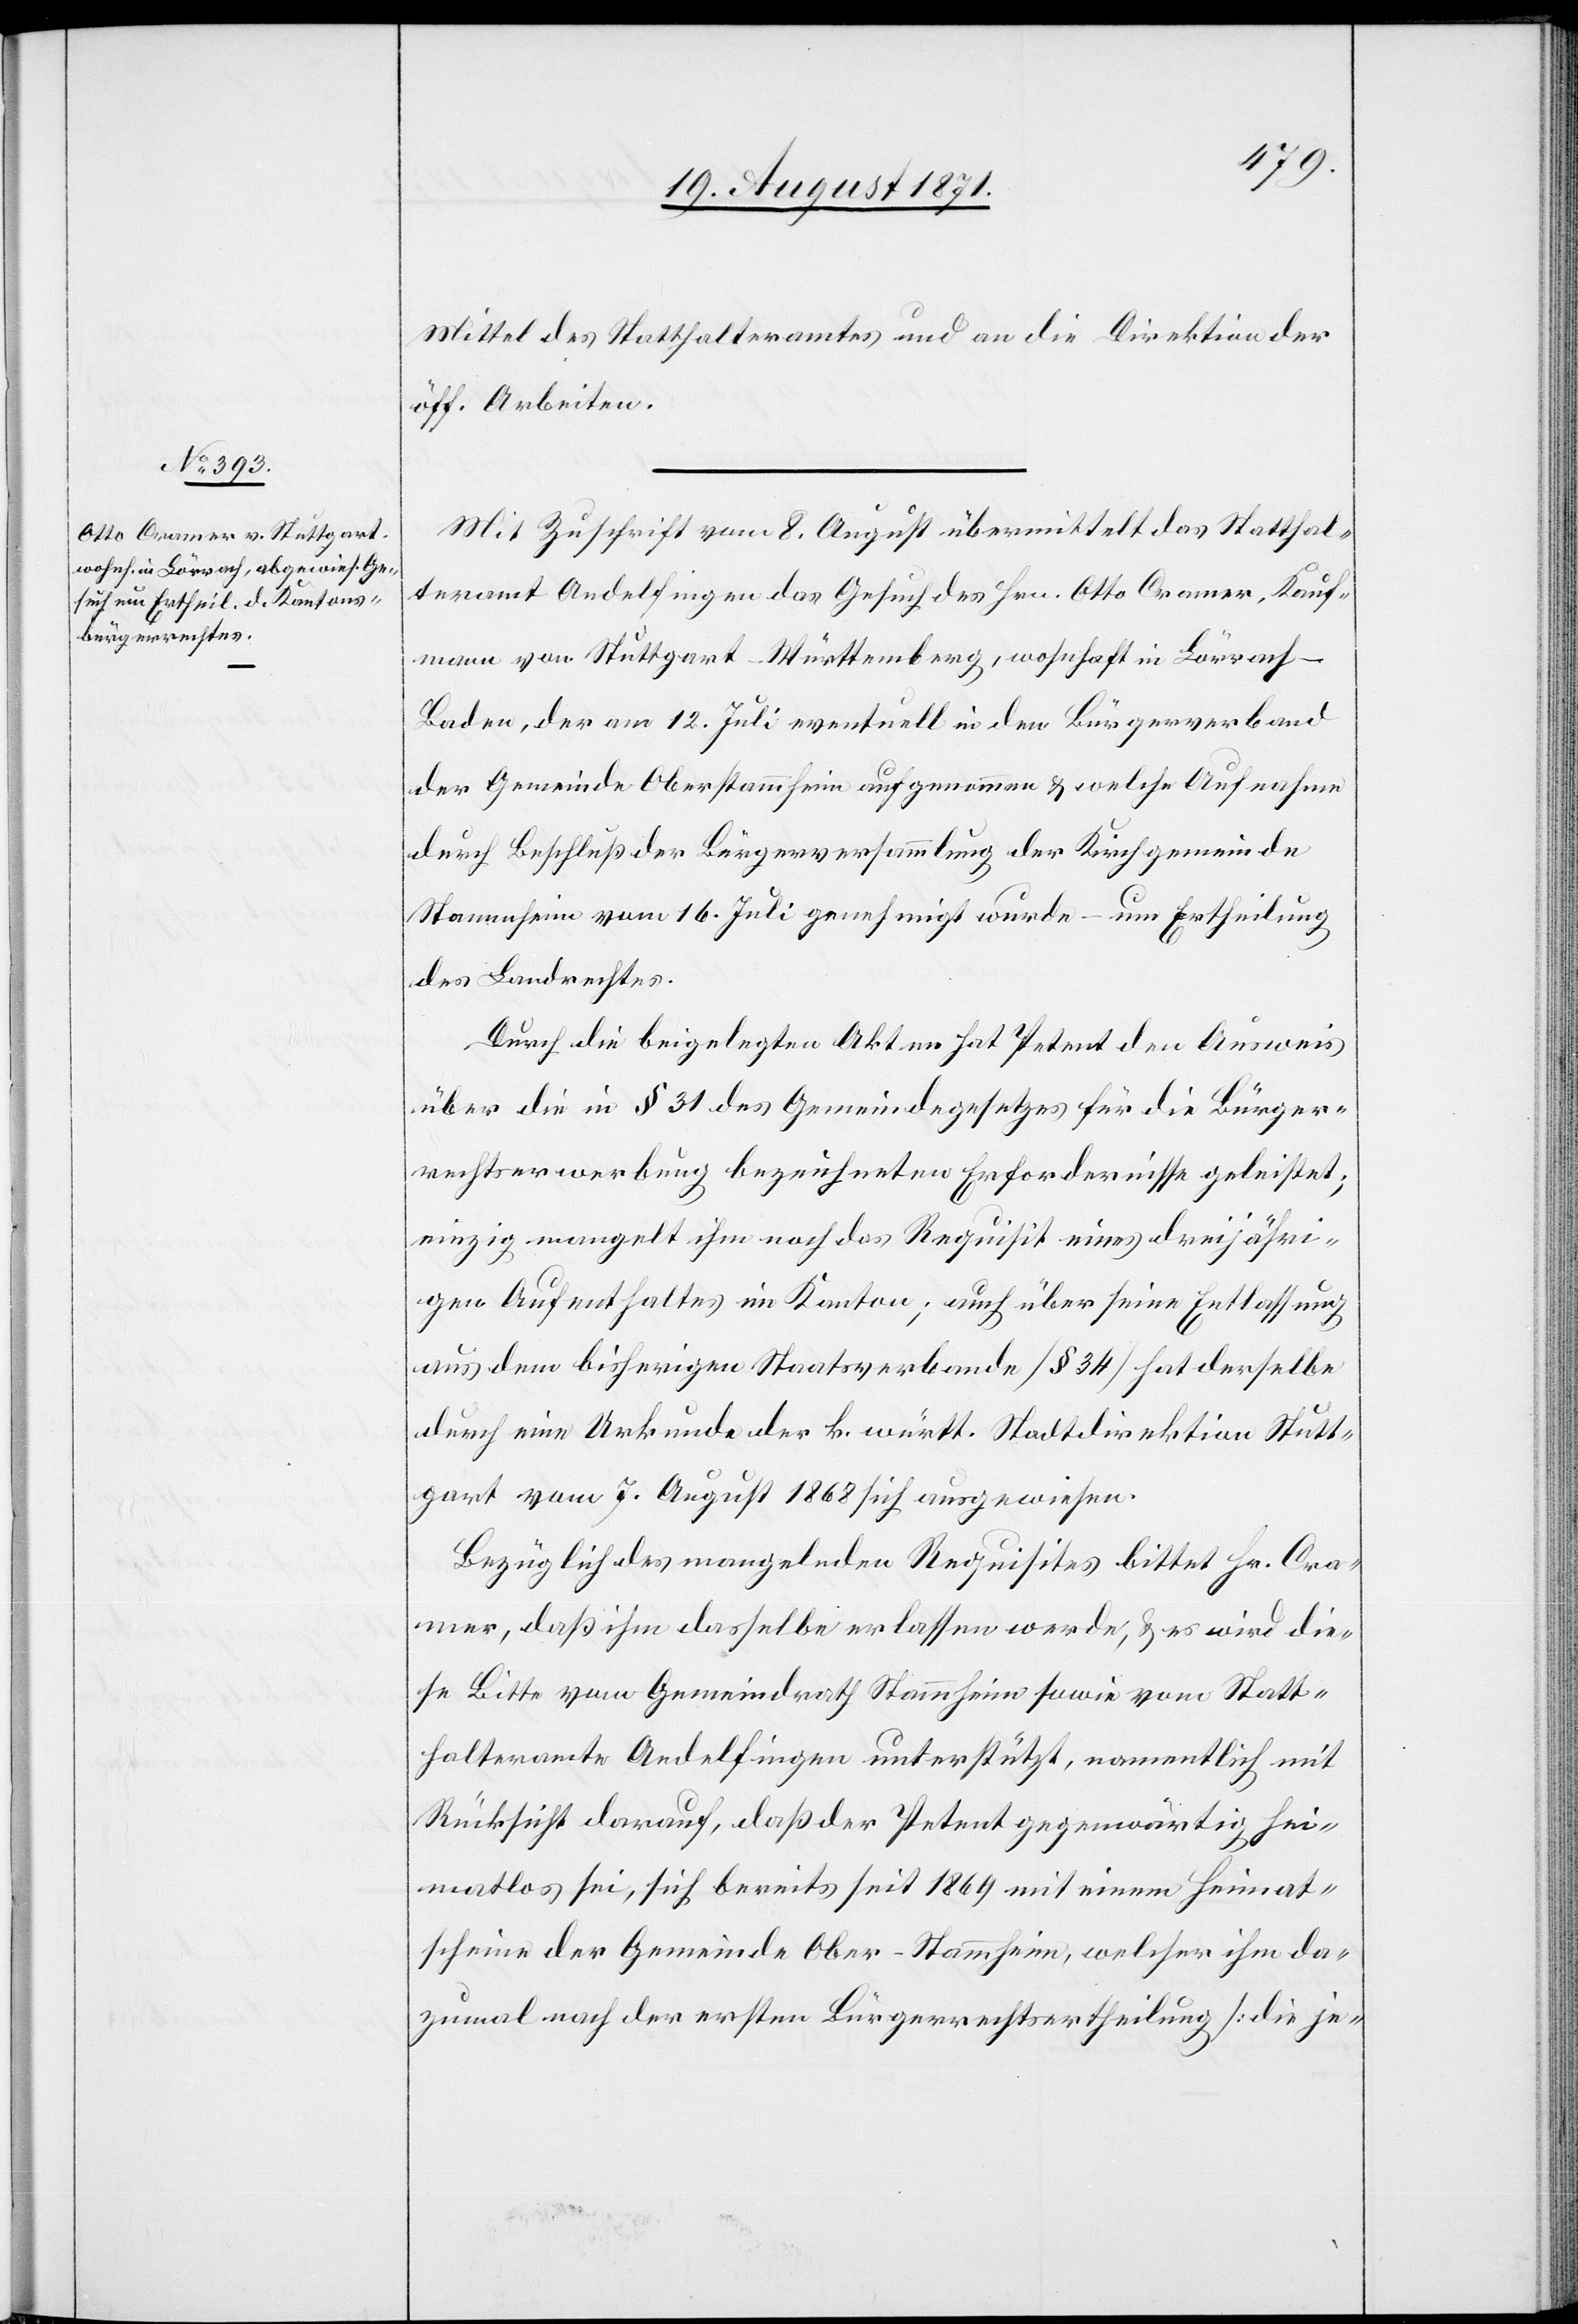
Mittel des Statthalteramtes und an die Direktion der
öff. Arbeiten.
Mit Zuschrift vom 8. August übermittelt das Statthal¬
teramt Andelfingen das Gesuch des Hrn. Otto Cramer, Kauf¬
mann von Stuttgart-Württenberg wohnhaft in Lörrach-B¬
aden, der am 12. Juli eventuell in den Bürgerverband
der Gemeinde Oberstammheim aufgenommen & welche Aufnahme
durch Beschluß der Bürgerversammlung der Kirchgemeinde
Stammheim vom 16. Juli genehmigt wurde – um Ertheilung
des Landrechtes.
Durch die beigelegten Akten hat Petent den Ausweis
über die in § 31 des Gemeindegesetzes für die Bürger¬
rechtserwerbung bezeichneten Erfordernisse geleistet;
einzig mangelt ihm noch das Requisit eines dreijähri¬
gen Aufenthaltes im Kanton; auch über seine Entlassung
aus dem bisherigen Staatsverbande [§ 34] hat derselbe
durch eine Urkunde der k. württ. Stadtdirektion Stutt¬
gart vom 7. August 1868 sich ausgewiesen.
Bezüglich des mangelnden Requisits bittet Hr. Cra¬
mer, daß ihm dasselbe erlassen werde; & es wird die¬
se Bitte vom Gemeindrath Stammheim sowie vom Statt¬
halteramte Andelfingen unterstützt, namentlich mit
Rücksicht darauf, daß der Petent gegenwärtig hei¬
matlos sei, sich bereits seit 1869 mit einem Heirat¬
schein der Gemeinde Ober-Stammheim, welcher ihm da¬
zumal nach der ersten Bürgerrechtsertheilung [die je-